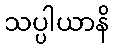
သပ္ပါယာနိ